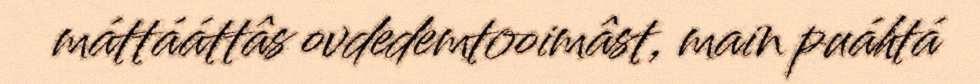
máttááttâs ovdedemtooimâst, main puáhtá